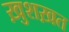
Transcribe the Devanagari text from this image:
ख़ुशख़त